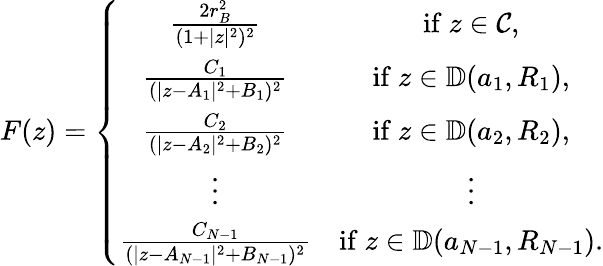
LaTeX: F(z)=\left\{ \begin{array}{cc}{\frac{2r_{B}^{2}}{(1+|z|^{2})^{2}}}&{\mathrm{if}\ z\in\mathcal{C},}\\ {\frac{C_{1}}{(|z-A_{1}|^{2}+B_{1})^{2}}}&{\mathrm{if}\ z\in\mathbb{D}(a_{1},R_{1}),}\\ {\frac{C_{2}}{(|z-A_{2}|^{2}+B_{2})^{2}}}&{\mathrm{if}\ z\in\mathbb{D}(a_{2},R_{2}),}\\ {\vdots}&{\vdots}\\ {\frac{C_{N-1}}{(|z-A_{N-1}|^{2}+B_{N-1})^{2}}}&{\mathrm{if}\ z\in\mathbb{D}(a_{N-1},R_{N-1}).}\end{array}\right.